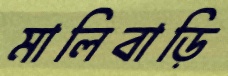
মালিবাড়ি